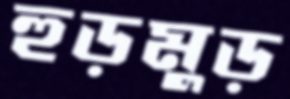
হুড়মুড়